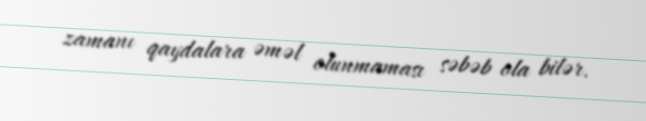
zamanı qaydalara əməl olunmaması səbəb ola bilər.